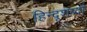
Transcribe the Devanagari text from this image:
हिन्दूशब्दों